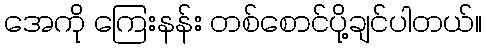
အေကို ကြေးနန်း တစ်စောင်ပို့ချင်ပါတယ်။